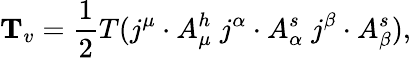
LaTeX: {\mathbf T}_{v}=\frac{1}{2}T(j^{\mu}\cdot A_{\mu}^{h}\; j^{\alpha}\cdot A_{\alpha}^{s}\; j^{\beta}\cdot A_{\beta}^{s}),